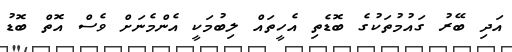
އަދި ބޭރު ގައުމުތަކުގެ ބޮޑެތި އެހީތައް ލިބުމަކީ އެންމެނަށް ވެސް އޮތް ބޮޑު